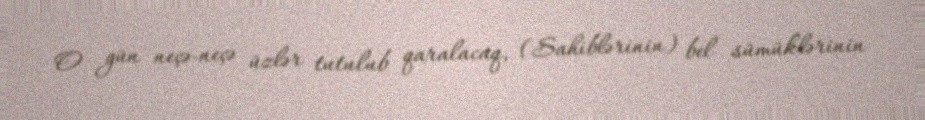
O gün neçə-neçə üzlər tutulub qaralacaq, (Sahiblərinin) bel sümüklərinin